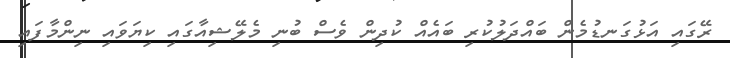
ރޭގައި އަޅުގަނޑުމެން ބައްދަލުކުރި ބައެއް ކުދިން ވެސް ބުނި މެލޭޝިއާގައި ކިޔަވައި ނިންމާފައި